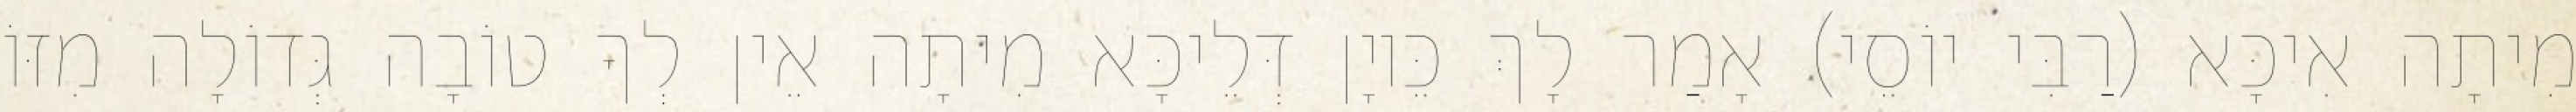
מִיתָה אִיכָּא (רַבִּי יוֹסֵי) אָמַר לָךְ כֵּיוָן דְּלֵיכָּא מִיתָה אֵין לְךָ טוֹבָה גְּדוֹלָה מִזּוֹ